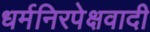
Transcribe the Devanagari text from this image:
धर्मनिरपेक्षवादी